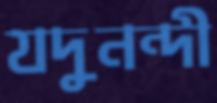
যদুনন্দী